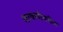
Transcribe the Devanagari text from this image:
लावणीवरील